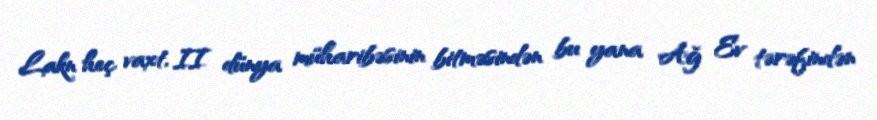
Lakn heç vaxt, II dünya müharibəsinin bitməsindən bu yana Ağ Ev tərəfindən